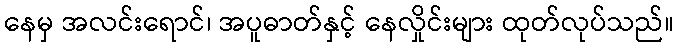
နေမှ အလင်းရောင်၊ အပူဓာတ်နှင့် နေလှိုင်းများ ထုတ်လုပ်သည်။